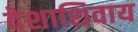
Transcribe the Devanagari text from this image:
देशाशिवाय